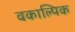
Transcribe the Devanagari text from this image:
वकाल्पिक